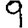
Digit: 9